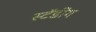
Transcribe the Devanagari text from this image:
स्टॅडींग